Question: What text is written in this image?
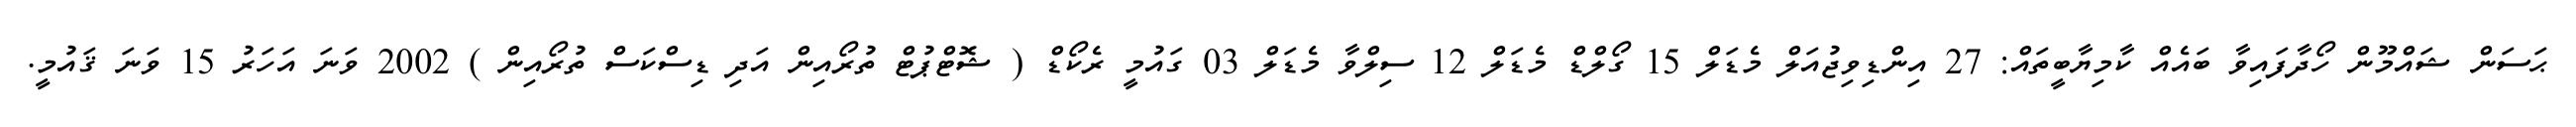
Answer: ޙަސަން ޝައްމޫން ހޯދާފައިވާ ބައެއް ކާމިޔާބީތައް: 27 އިންޑިވިޖުއަލް މެޑަލް 15 ގޯލްޑް މެޑަލް 12 ސިލްވާ މެޑަލް 03 ގައުމީ ރެކޯޑް ( ޝޮޓްޕުޓް ތުރޯއިން އަދި ޑިސްކަސް ތުރޯއިން ) 2002 ވަނަ އަހަރު 15 ވަނަ ޤައުމީ.